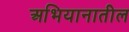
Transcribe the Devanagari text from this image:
अभियानातील